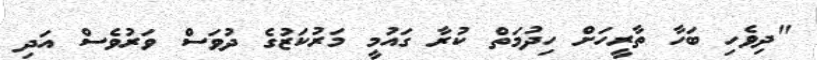
"ދިވެހި ބަހާ ތާރީހަށް ހިދުމަތް ކުރާ ގައުމީ މަރުކަޒުގެ ދުވަސް ވަރުވެސް އަދި